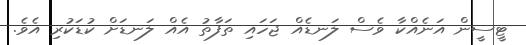
ޓީސީން އަނެއްކާ ވެސް ލަނޑެއް ޖަހައި ތަފާތު އެއް ލަނޑަށް ކުޑަކުރި އެވެ.